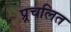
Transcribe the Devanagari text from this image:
प्र्रचलित